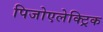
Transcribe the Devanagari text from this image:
पिजोएलेक्ट्रिक